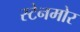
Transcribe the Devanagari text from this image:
स्टेनमोर